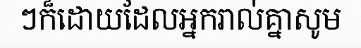
ៗក៏ដោយដែលអ្នករាល់គ្នាសូម